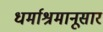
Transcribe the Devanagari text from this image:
धर्माश्रमानूसार